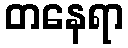
တနေရာ